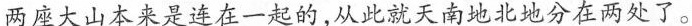
两座大山本来是连在一起的，从此就天南地北地分在两处了。